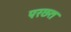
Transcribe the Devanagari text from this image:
परछत